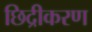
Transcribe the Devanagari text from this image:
छिद्रीकरण